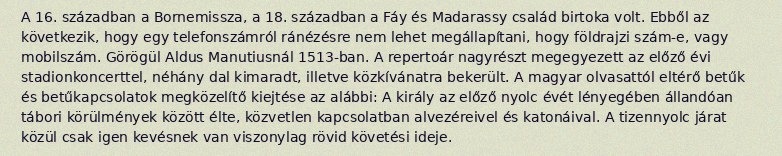
A 16. században a Bornemissza, a 18. században a Fáy és Madarassy család birtoka volt. Ebből az következik, hogy egy telefonszámról ránézésre nem lehet megállapítani, hogy földrajzi szám-e, vagy mobilszám. Görögül Aldus Manutiusnál 1513-ban. A repertoár nagyrészt megegyezett az előző évi stadionkoncerttel, néhány dal kimaradt, illetve közkívánatra bekerült. A magyar olvasattól eltérő betűk és betűkapcsolatok megközelítő kiejtése az alábbi: A király az előző nyolc évét lényegében állandóan tábori körülmények között élte, közvetlen kapcsolatban alvezéreivel és katonáival. A tizennyolc járat közül csak igen kevésnek van viszonylag rövid követési ideje.